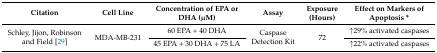
| Citation | Cell Line | Concentration of EPA or DHA (μM) | Assay | Exposure (Hours) | Effect on Markers of Apoptosis * |
 | --- | --- | --- | --- | --- | --- |
 | <ROWSPAN=2> Schley, Jijon, Robinson and Field [29] | <ROWSPAN=2> MDA-MB-231 | 60 EPA + 40 DHA | <ROWSPAN=2> Caspase Detection Kit | <ROWSPAN=2> 72 | ↑29% activated caspases |
 | 45 EPA + 30 DHA + 75 LA | ↑22% activated caspases |